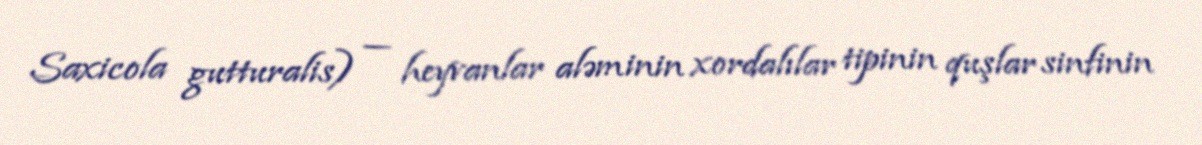
Saxicola gutturalis) — heyvanlar aləminin xordalılar tipinin quşlar sinfinin